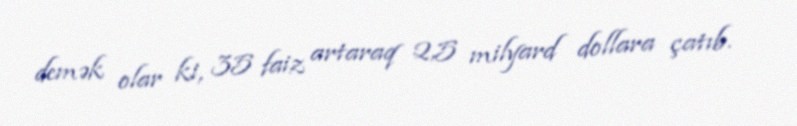
demək olar ki, 35 faiz artaraq 2,5 milyard dollara çatıb.